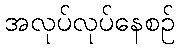
အလုပ်လုပ်နေစဉ်